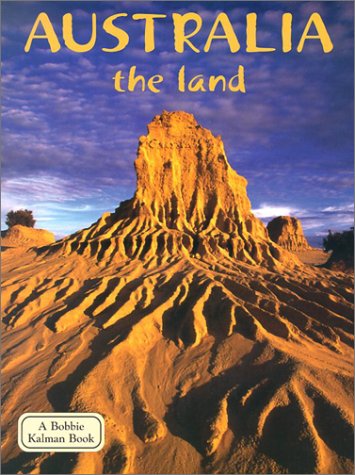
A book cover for Australia (Lands, Peoples, & Cultures); Erinn Banting; Children's Books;